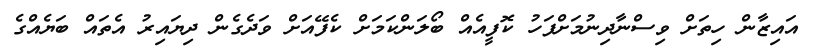
އައިޒާން ހިތަށް ވިސްނާދިނުމަށްފަހު ކޮފީއެއް ބޯލަންކަމަށް ކެފޭއަށް ވަދެގެން ދިޔައިރު އެތައް ބަޔެއްގެ